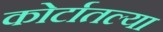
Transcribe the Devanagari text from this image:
कोर्टातल्या